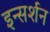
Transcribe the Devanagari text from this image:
इन्सर्शन